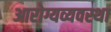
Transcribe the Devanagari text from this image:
आरोग्यव्यवस्था